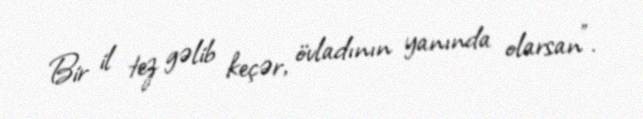
Bir il tez gəlib keçər, övladının yanında olarsan".